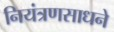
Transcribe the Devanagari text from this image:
नियंत्रणसाधने